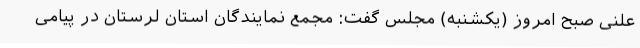
علنی صبح امروز (یکشنبه) مجلس گفت: مجمع نمایندگان استان لرستان در پیامی